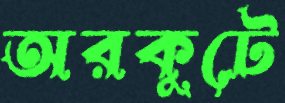
অরকুটে